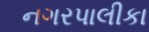
નગરપાલીકા